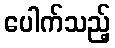
ပေါက်သည့်